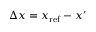
\Delta x = x _ { \mathrm { r e f } } - x ^ { \prime }